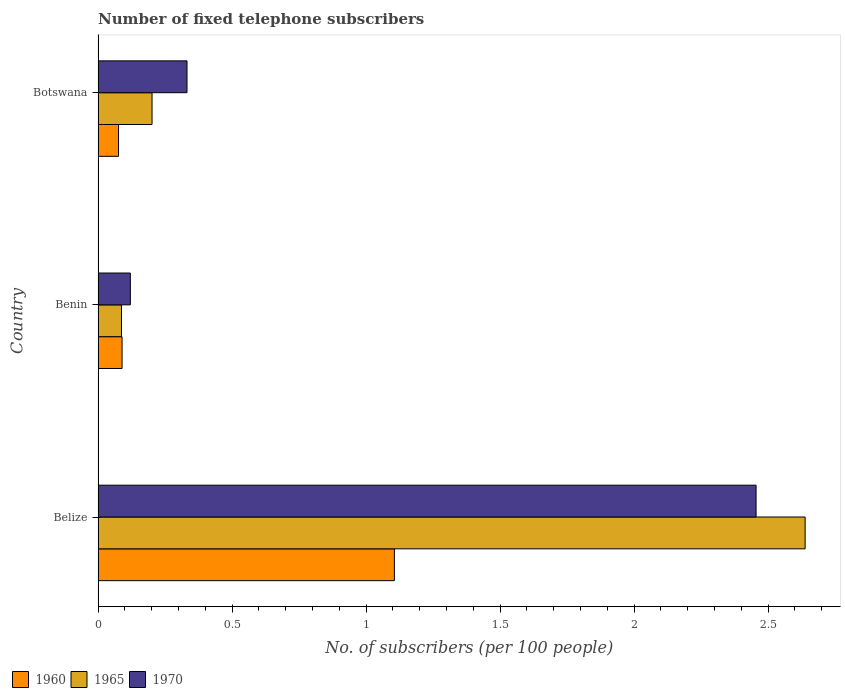
| Country | 1960 | 1965 | 1970 |
 | --- | --- | --- | --- |
 | Belize | 1.11 | 2.64 | 2.46 |
 | Benin | 0.0895 | 0.0874 | 0.12 |
 | Botswana | 0.0763 | 0.201 | 0.332 |